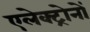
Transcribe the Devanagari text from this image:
एलेक्ट्रोनों